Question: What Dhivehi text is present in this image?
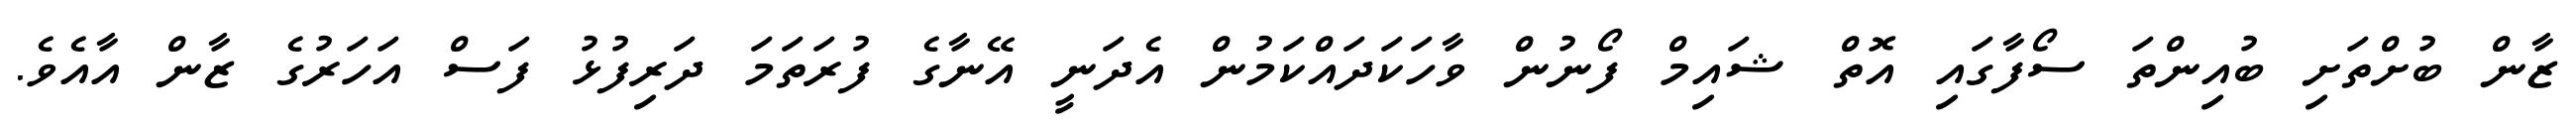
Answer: ޒާން ބުށްތަށި ބުއިންތަ ސޯފާގައި އޮތް ޝައިމް ފޯނުން ވާހަކަދައްކަމުން އެދަނީ އޭނާގެ ފުރަތަމަ ދަރިފުޅު ފަސް އަހަރުގެ ޒާން އާއެވެ.